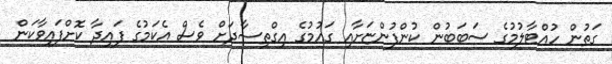
ގަތުން ހުއްޓާލުމުގެ ސަބަބުން ކުންފުންޏަށާއި ގައުމުގެ އިގްތިސާދަށް ވެސް އެކަމުގެ ފައިދާ ކޮށްފައިވާކަން